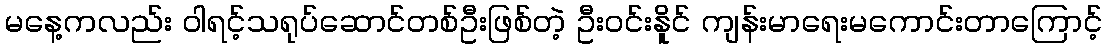
မနေ့ကလည်း ဝါရင့်သရုပ်ဆောင်တစ်ဦးဖြစ်တဲ့ ဦးဝင်းနိူင် ကျန်းမာရေးမကောင်းတာကြောင့်